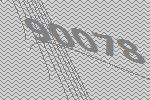
90078